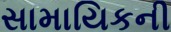
સામાયિકની